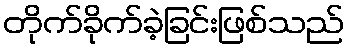
တိုက်ခိုက်ခဲ့ခြင်းဖြစ်သည်